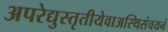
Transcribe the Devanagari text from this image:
अपरेद्युस्तृतीयेवाअस्थिसंचयनं